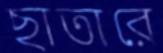
ছাতারে